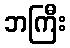
ဘကြီး